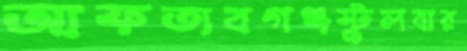
আফতাবগঞ্জস্টুলবার